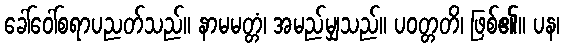
ခေါ်ဝေါ်စရာပညတ်သည်။ နာမမတ္တံ၊ အမည်မျှသည်။ ပဝတ္တတိ၊ ဖြစ်၏။ ပန၊